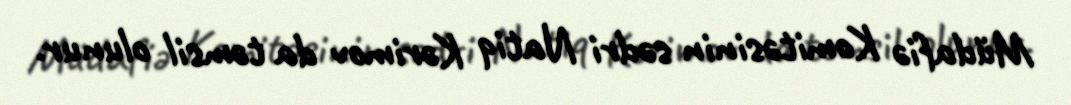
Müdafiə Komitəsinin sədri Natiq Kərimov da təmsil olunur.